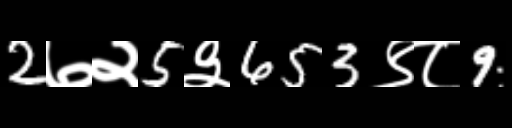
Text: 2७२5३653९८9